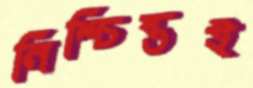
নিশ্চিন্তই